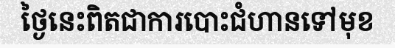
ថ្ងៃនេះពិតជាការបោះជំហានទៅមុខ